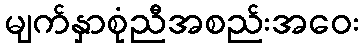
မျက်နှာစုံညီအစည်းအဝေး